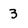
Character: 3